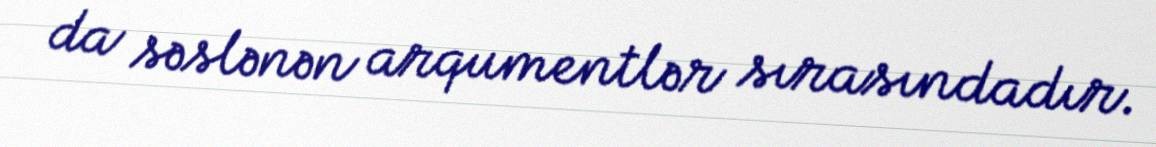
da səslənən arqumentlər sırasındadır.